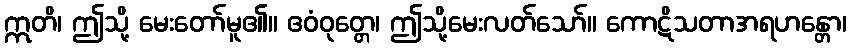
ဣတိ၊ ဤသို့ မေးတော်မူ၏။ ဧဝံဝုတ္တေ၊ ဤသို့မေးလတ်သော်။ ကောဋိသတာအရဟန္တော၊